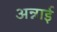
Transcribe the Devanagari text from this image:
अन्नाई